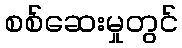
စစ်ဆေးမှုတွင်